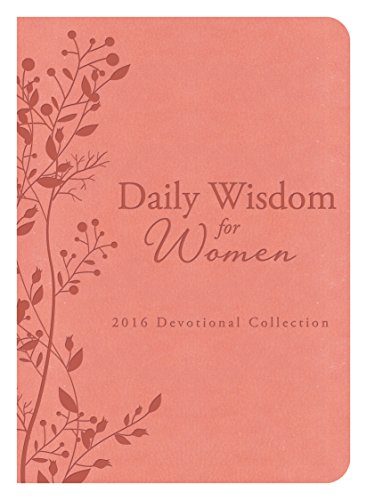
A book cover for Daily Wisdom for Women 2016 Devotional Collection; Compiled by Barbour Staff; Christian Books & Bibles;